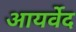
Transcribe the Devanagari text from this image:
आयर्वेद